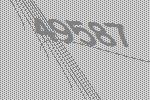
49587